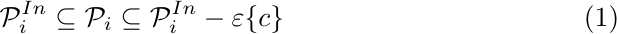
\begin{align}{\label{innerappr}}
    \mathcal{P}_i^{In} \subseteq \mathcal{P}_i \subseteq \mathcal{P}^{In}_i-\varepsilon \{c\}
\end{align}